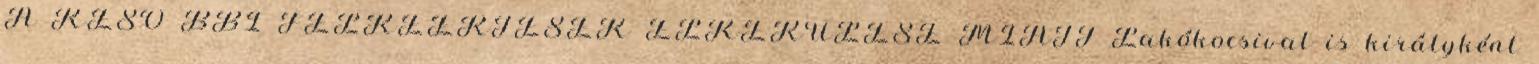
A KÉSÕ BBI FÉLREÉRTÉSEK ELKERÜLÉSE MIATT Lakókocsival is királyként